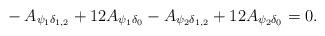
LaTeX: \begin{align*} {}-A_{\psi_1\delta_{1,2}}+12A_{\psi_1\delta_0}-A_{\psi_2\delta_{1,2}}+12A_{\psi_2\delta_0}=0.\end{align*}